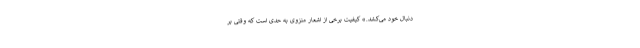
دنبال خود می‌کشد.» کیفیت برخی از اشعار منزوی به حدی است که وقتی بر